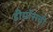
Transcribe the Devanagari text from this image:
डीमॉसची